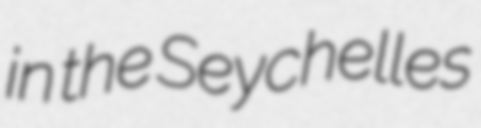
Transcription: in the Seychelles